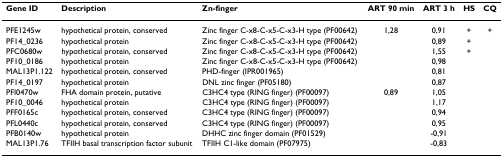
| Gene ID | Description | Zn-finger | ART 90 min | ART 3 h | HS | CQ |
 | --- | --- | --- | --- | --- | --- | --- |
 | PFE1245w | hypothetical protein, conserved | Zinc finger C-x8-C-x5-C-x3-H type (PF00642) | 1,28 | 0,91 | + | + |
 | PF14_0236 | hypothetical protein | Zinc finger C-x8-C-x5-C-x3-H type (PF00642) |  | 0,89 | + |  |
 | PFC0680w | hypothetical protein, conserved | Zinc finger C-x8-C-x5-C-x3-H type (PF00642) |  | 1,55 | + |  |
 | PF10_0186 | hypothetical protein | Zinc finger C-x8-C-x5-C-x3-H type (PF00642) |  | 0,98 |  |  |
 | MAL13P1.122 | hypothetical protein, conserved | PHD-finger (IPR001965) |  | 0,81 |  |  |
 | PF14_0197 | hypothetical protein | DNL zinc finger (PF05180) |  | 0,87 |  |  |
 | PFI0470w | FHA domain protein, putative | C3HC4 type (RING finger) (PF00097) | 0,89 | 1,05 |  |  |
 | PF10_0046 | hypothetical protein | C3HC4 type (RING finger) (PF00097) |  | 1,17 |  |  |
 | PFF0165c | hypothetical protein, conserved | C3HC4 type (RING finger) (PF00097) |  | 0,94 |  |  |
 | PFL0440c | hypothetical protein, conserved | C3HC4 type (RING finger) (PF00097) |  | 0,95 |  |  |
 | PFB0140w | hypothetical protein | DHHC zinc finger domain (PF01529) |  | -0,91 |  |  |
 | MAL13P1.76 | TFIIH basal transcription factor subunit | TFIIH C1-like domain (PF07975) |  | -0,83 |  |  |